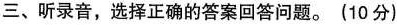
三、听录音,选择正确的答案回答问题.(10 分)